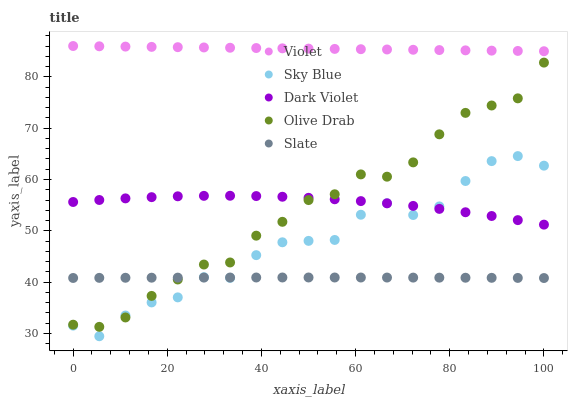
| xaxis_label | Violet | Sky Blue | Dark Violet | Olive Drab | Slate |
 | --- | --- | --- | --- | --- | --- |
 | 0 | 86 | 31.5 | 55.6 | 31.7 | 40.8 |
 | 5.56 | 85.9 | 29.5 | 56 | 31.3 | 40.8 |
 | 11.1 | 85.9 | 33.5 | 56.3 | 33.1 | 40.8 |
 | 16.7 | 85.8 | 36 | 56.6 | 37.3 | 40.9 |
 | 22.2 | 85.8 | 37 | 56.7 | 40.5 | 40.9 |
 | 27.8 | 85.7 | 41 | 56.8 | 43.4 | 40.9 |
 | 33.3 | 85.7 | 40.8 | 56.8 | 43.8 | 40.9 |
 | 38.9 | 85.6 | 45.3 | 56.8 | 49.1 | 40.9 |
 | 44.4 | 85.5 | 47.8 | 56.6 | 51.8 | 40.9 |
 | 50 | 85.5 | 48 | 56.4 | 56 | 40.9 |
 | 55.6 | 85.4 | 48.2 | 56.1 | 57.1 | 40.9 |
 | 61.1 | 85.4 | 53.1 | 55.8 | 61 | 40.9 |
 | 66.7 | 85.3 | 55.4 | 55.4 | 60.5 | 40.9 |
 | 72.2 | 85.3 | 53.1 | 54.8 | 63.3 | 40.9 |
 | 77.8 | 85.2 | 54.7 | 54.3 | 68.8 | 40.9 |
 | 83.3 | 85.2 | 59.7 | 53.6 | 73 | 40.9 |
 | 88.9 | 85.1 | 63.6 | 52.9 | 74.4 | 40.8 |
 | 94.4 | 85 | 64.6 | 52.1 | 75.8 | 40.8 |
 | 100 | 85 | 62.7 | 51.2 | 82.8 | 40.8 |